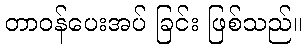
တာဝန်ပေးအပ် ခြင်း ဖြစ်သည်။